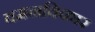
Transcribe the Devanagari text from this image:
वमनविकार